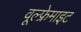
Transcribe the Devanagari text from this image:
वूल्फ्रेमाइट